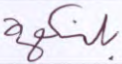
بلنكهة